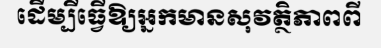
ដើម្បីធ្វើឱ្យអ្នកមានសុវត្ថិភាពពី